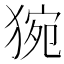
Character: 𤟊